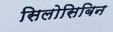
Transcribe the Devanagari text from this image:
सिलोसिबिन